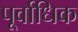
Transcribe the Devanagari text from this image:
पूर्वाधिक